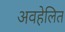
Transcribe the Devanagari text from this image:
अवहेलित